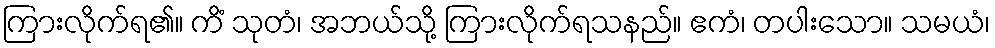
ကြားလိုက်ရ၏။ ကိံ သုတံ၊ အဘယ်သို့ ကြားလိုက်ရသနည်။ ဧကံ၊ တပါးသော။ သမယံ၊